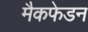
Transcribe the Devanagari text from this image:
मैकफेडन